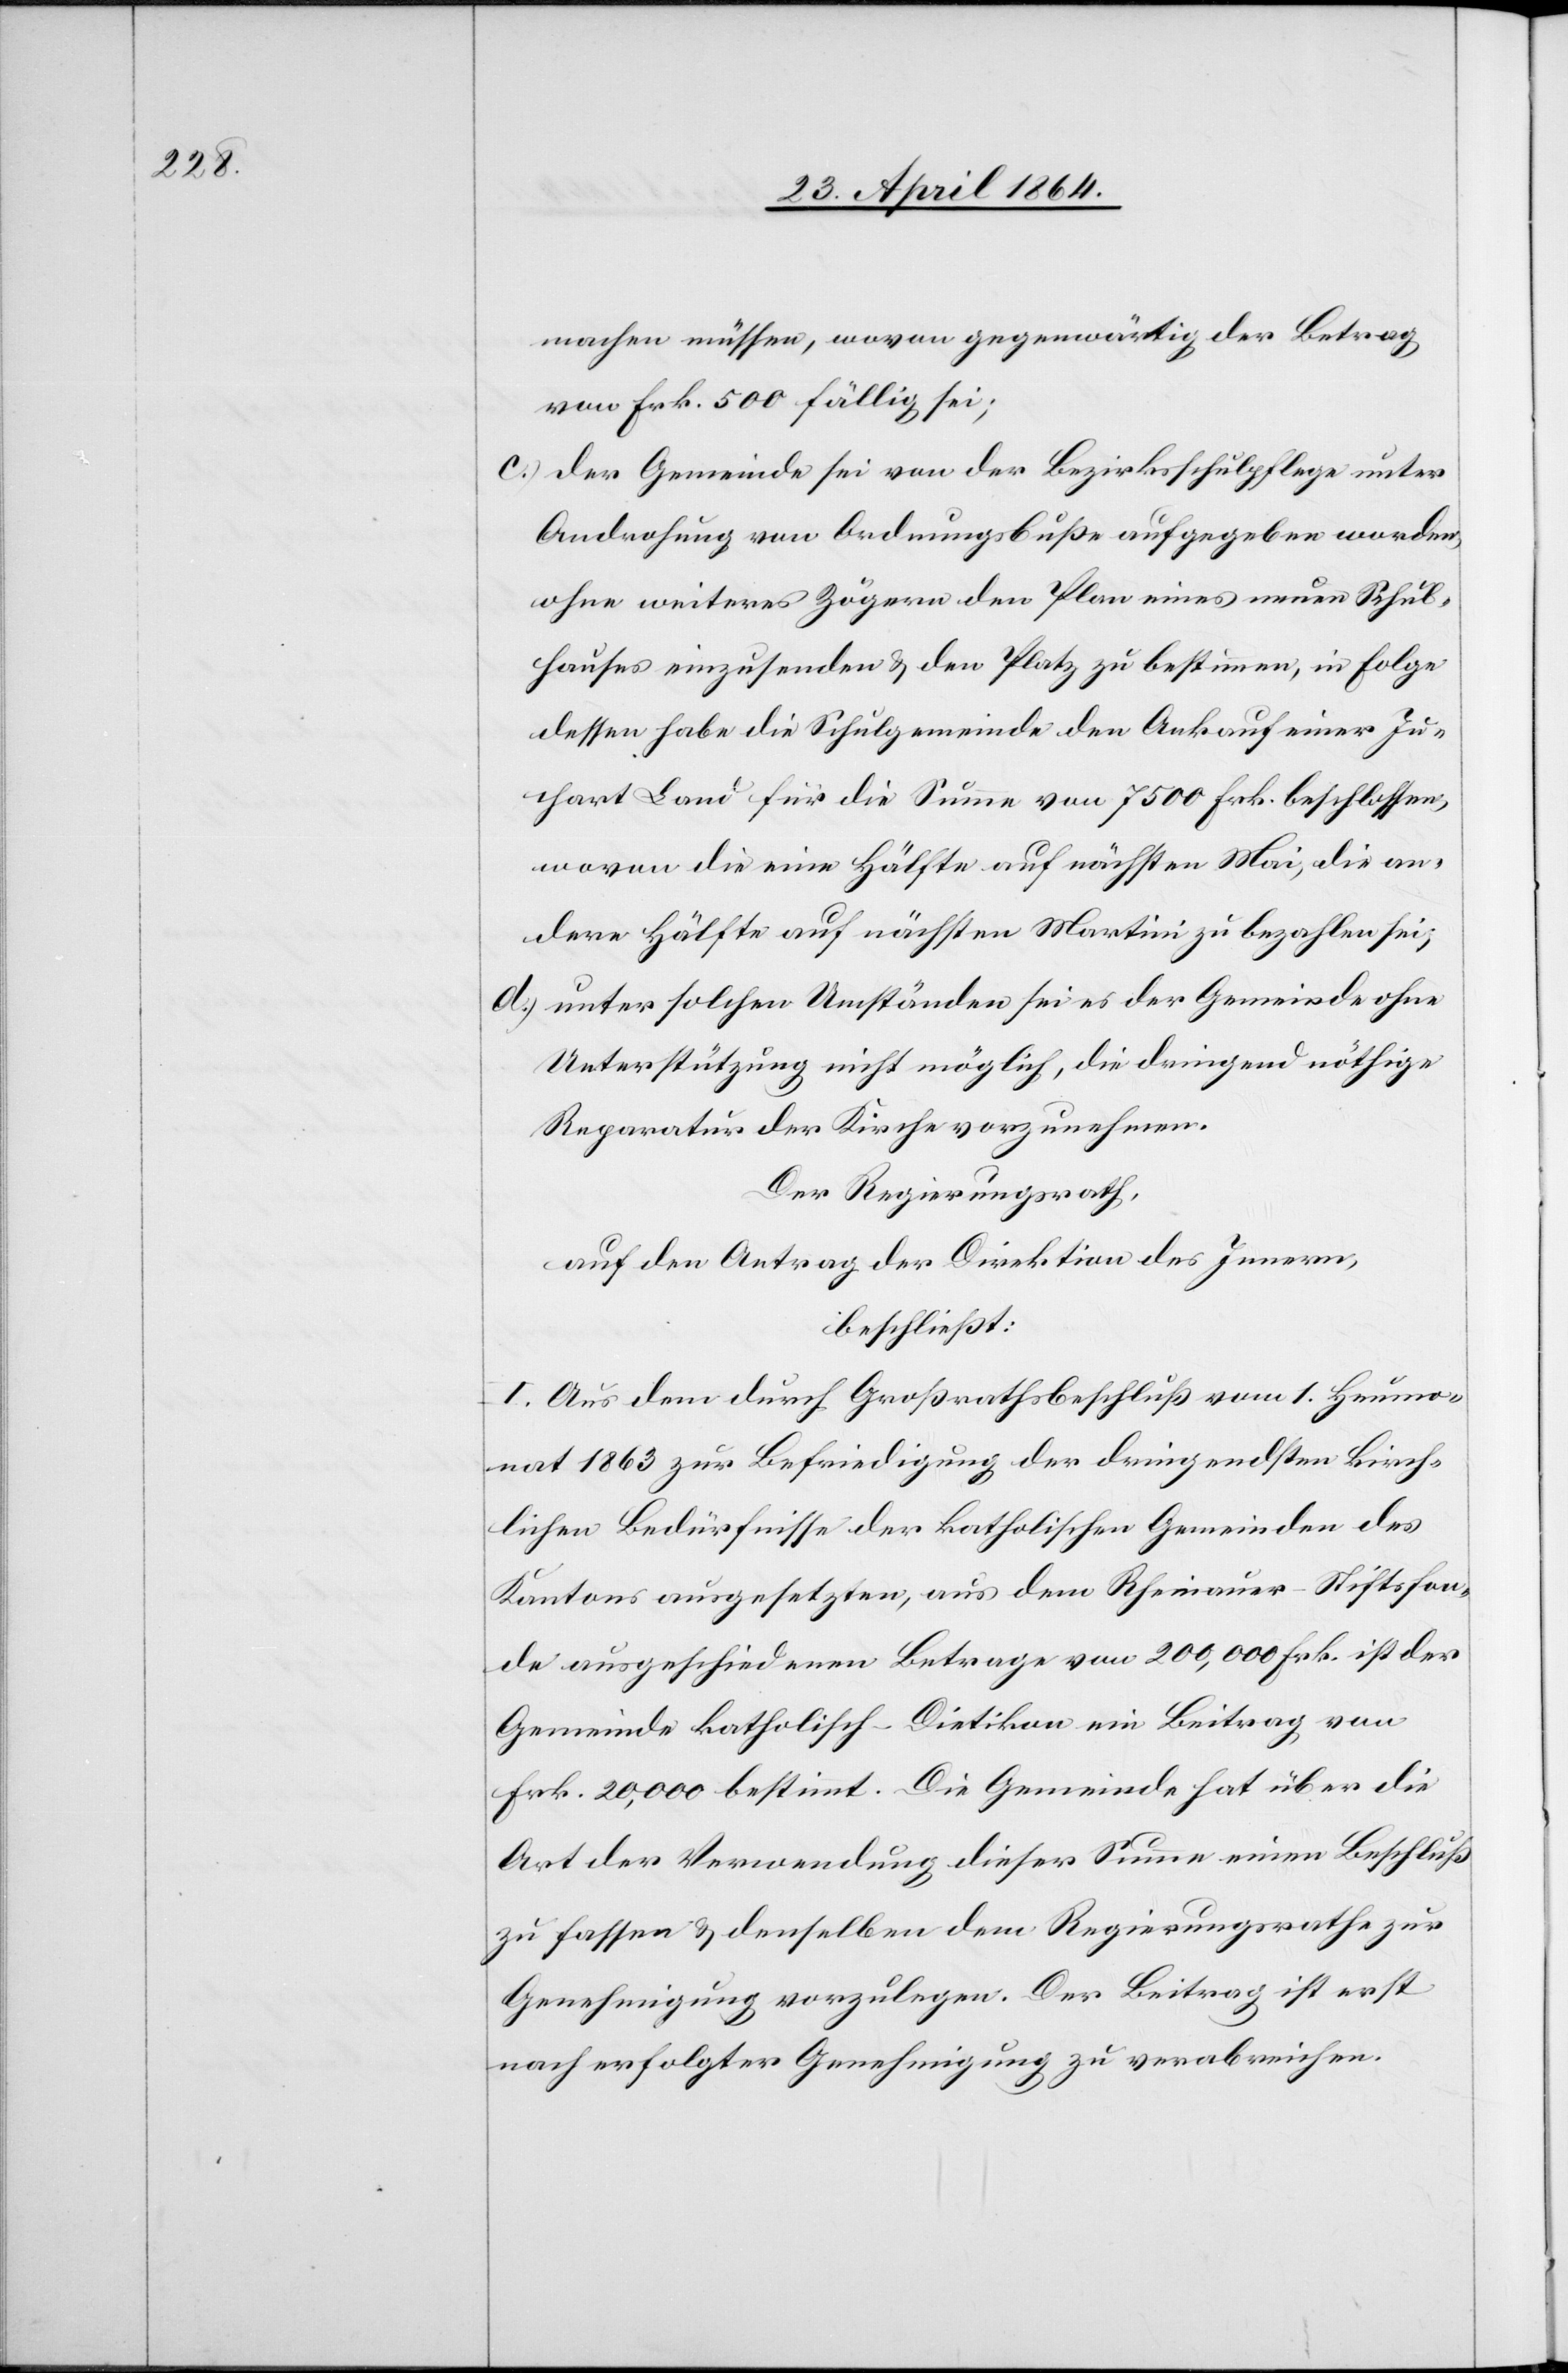
machen müssen, wovon gegenwärtig der Betrag
von Frk. 500 fällig sei;
c. der Gemeinde sei von der Bezirksschulpflege unter
Androhung von Ordnungsbuße aufgegeben worden,
ohne weiteres Zögern den Plan eines neuen Schul¬
hauses einzusenden u. den Platz zu bestimmen, in Folge
dessen habe die Schulgemeinde den Ankauf einer Ju¬
chart Land für die Summe von 7500 Frk. beschlossen,
wovon die eine Hälfte auf nächsten Mai, die an¬
dere Hälfte auf nächsten Martini zu bezahlen sei;
d. unter solchen Umständen sei es der Gemeinde ohne
Unterstützung nicht möglich die dringend nöthige
Reparatur der Kirche vorzunehmen.
Der Regierungsrath,
auf den Antrag der Direktion des Innern,
beschließt:
I. Aus dem durch Großrathsbeschluß vom 1. Heumo¬
nat 1863 zur Befriedigung der dringendsten kirch¬
lichen Bedürfnisse der katholischen Gemeinden des
Kantons ausgesetzten, aus dem Rheinauer-Stiftsfon¬
de ausgeschiedenen Betrage von 200,000 Frk. ist der
Gemeinde katholisch-Dietikon ein Beitrag von
Frk. 20,000 bestimt [sic!]. Die Gemeinde hat über die
Art der Verwendung dieser Summe einen Beschluß
zu fassen u. denselben dem Regierungsrathe zur
Genehmigung vorzulegen. Der Beitrag ist erst
nach erfolgter Genehmigung zu verabreichen.